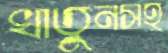
খাতুনসহ